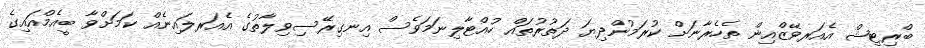
ބްރިޓިޝް އެއަރވޭޒްއިން ތެހެރާނަށް ކުރަމުންދިޔަ ދަތުރުތައް ހުއްޓާލިނަމަވެސް އިނގިރޭސިވިލާތުގެ އެއަރލައިނެއް ކަމަށްވާ ބީއެމްއައިގެ